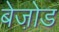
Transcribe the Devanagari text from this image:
बेजो़ड